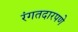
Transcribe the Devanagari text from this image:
रंगतदारपणे